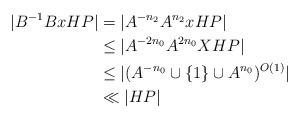
LaTeX: \begin{align*}|B^{-1} B x HP| &= |A^{-n_2} A^{n_2} x HP| \\&\leq |A^{-2n_0} A^{2n_0} X HP| \\&\leq |(A^{-n_0} \cup \{1\} \cup A^{n_0})^{O(1)}| \\&\ll |HP|\end{align*}